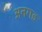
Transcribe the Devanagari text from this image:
अनगड